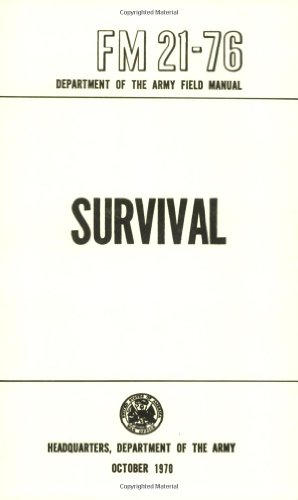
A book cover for US Army Survival Manual: FM 21-76; Department of Defense; History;